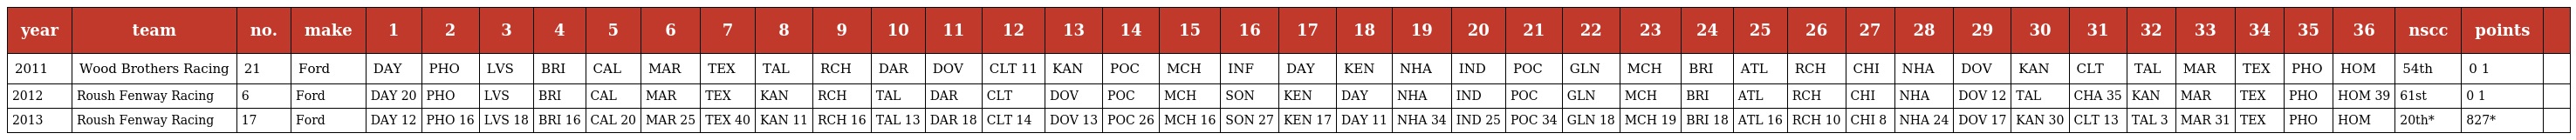
| year | team | no. | make | 1 | 2 | 3 | 4 | 5 | 6 | 7 | 8 | 9 | 10 | 11 | 12 | 13 | 14 | 15 | 16 | 17 | 18 | 19 | 20 | 21 | 22 | 23 | 24 | 25 | 26 | 27 | 28 | 29 | 30 | 31 | 32 | 33 | 34 | 35 | 36 | nscc | points |  |
 | --- | --- | --- | --- | --- | --- | --- | --- | --- | --- | --- | --- | --- | --- | --- | --- | --- | --- | --- | --- | --- | --- | --- | --- | --- | --- | --- | --- | --- | --- | --- | --- | --- | --- | --- | --- | --- | --- | --- | --- | --- | --- | --- |
 | 2011 | Wood Brothers Racing | 21 | Ford | DAY | PHO | LVS | BRI | CAL | MAR | TEX | TAL | RCH | DAR | DOV | CLT 11 | KAN | POC | MCH | INF | DAY | KEN | NHA | IND | POC | GLN | MCH | BRI | ATL | RCH | CHI | NHA | DOV | KAN | CLT | TAL | MAR | TEX | PHO | HOM | 54th | 0 1 |  |
 | 2012 | Roush Fenway Racing | 6 | Ford | DAY 20 | PHO | LVS | BRI | CAL | MAR | TEX | KAN | RCH | TAL | DAR | CLT | DOV | POC | MCH | SON | KEN | DAY | NHA | IND | POC | GLN | MCH | BRI | ATL | RCH | CHI | NHA | DOV 12 | TAL | CHA 35 | KAN | MAR | TEX | PHO | HOM 39 | 61st | 0 1 |  |
 | 2013 | Roush Fenway Racing | 17 | Ford | DAY 12 | PHO 16 | LVS 18 | BRI 16 | CAL 20 | MAR 25 | TEX 40 | KAN 11 | RCH 16 | TAL 13 | DAR 18 | CLT 14 | DOV 13 | POC 26 | MCH 16 | SON 27 | KEN 17 | DAY 11 | NHA 34 | IND 25 | POC 34 | GLN 18 | MCH 19 | BRI 18 | ATL 16 | RCH 10 | CHI 8 | NHA 24 | DOV 17 | KAN 30 | CLT 13 | TAL 3 | MAR 31 | TEX | PHO | HOM | 20th* | 827* |  |